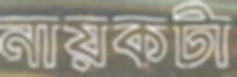
নায়কটা